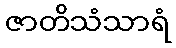
ဇာတိသံသာရံ